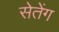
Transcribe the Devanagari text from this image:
सेतेंग